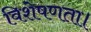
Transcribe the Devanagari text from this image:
विशेषणता।